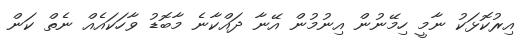
އިރުކޮޅަކު ނާމީ ހިމޭނުން އިނުމުން އޭނާ ދައްކާނެ މާބޮޑު ވާހަކައެއް ނެތް ކަން